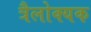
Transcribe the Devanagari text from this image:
त्रैलोक्यक